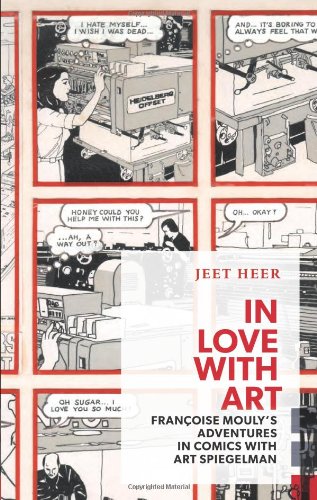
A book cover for In Love with Art: FranÃ§oise Mouly's Adventures in Comics with Art Spiegelman (Exploded Views); Jeet Heer; Arts & Photography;